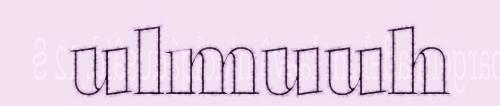
ulmuuh